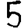
Digit: 5